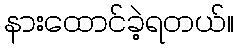
နားထောင်ခဲ့ရတယ်။